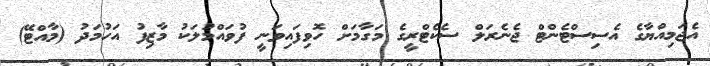
އެޖަމިއްޔާގެ އެސިސްޓެންޓް ޖެނެރަލް ސެކެޓްރީގެ މަގާމަށް ހޮވިފައިވަނީ ފުވައްމުލަކު މާޒިފު އަހުމަދު (މާއްޓޭ)